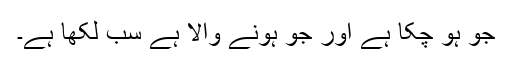
جو ہو چکا ہے اور جو ہونے والا ہے سب لکھا ہے۔